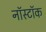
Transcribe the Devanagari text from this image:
नॉस्टॉक